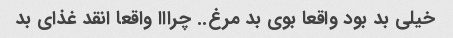
خیلی بد بود واقعا بوی بد مرغ.. چرااا واقعا انقد غذای بد